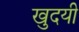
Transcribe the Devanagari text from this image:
खुदयी